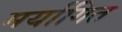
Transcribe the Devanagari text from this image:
मर्यागित